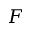
F